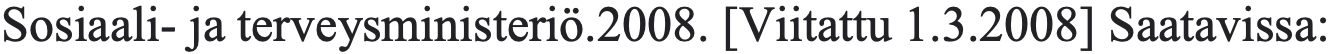
Sosiaali- ja terveysministeriö.2008. [Viitattu 1.3.2008] Saatavissa: